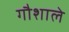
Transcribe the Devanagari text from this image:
गौशाले